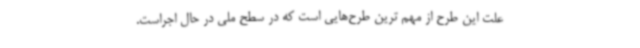
علت این طرح از مهم ترین طرح‌هایی است که در سطح ملی در حال اجراست.